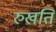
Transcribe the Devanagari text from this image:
रुखति